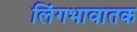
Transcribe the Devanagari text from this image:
लिंगभावातक